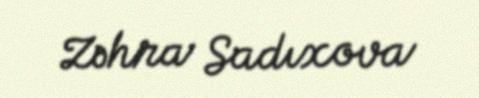
Zəhra Sadıxova